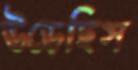
উড়েছিস